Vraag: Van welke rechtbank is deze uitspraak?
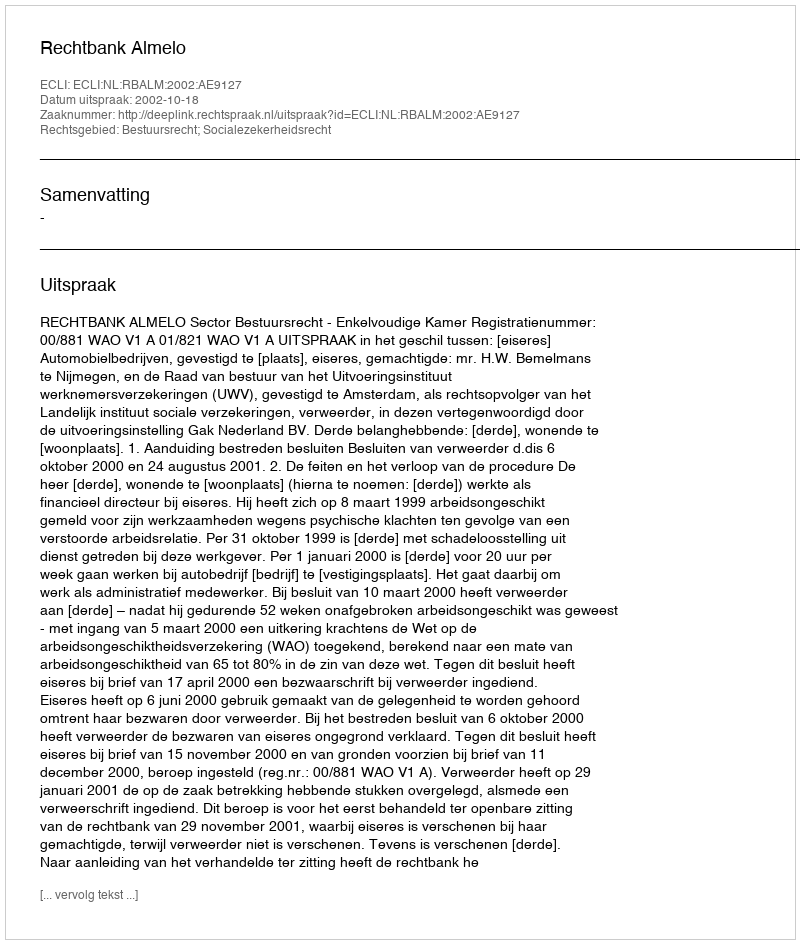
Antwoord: Rechtbank Almelo